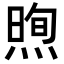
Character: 𪹕